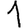
Digit: 1